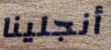
أنجلينا